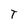
Character: T